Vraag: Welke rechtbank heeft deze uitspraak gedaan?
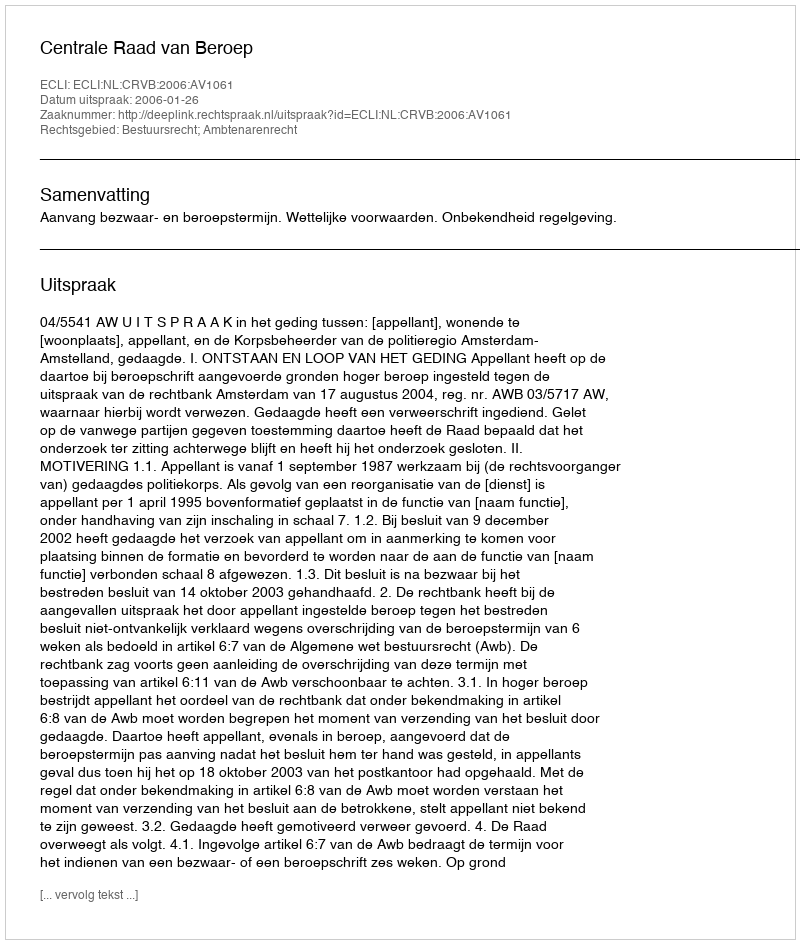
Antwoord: Centrale Raad van Beroep